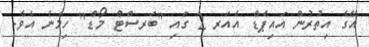
އޭގެ އިތުރުން އައިޕެޑް އެއަރ 2 ގައި "ބަރސްޓް މޯޑް" ހިމެނެ އެވެ.